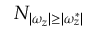
N _ { | \omega _ { z } | \geq | \omega _ { z } ^ { * } | }